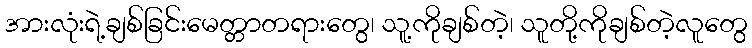
အားလုံးရဲ့ချစ်ခြင်းမေတ္တာတရားတွေ၊ သူ့ကိုချစ်တဲ့၊ သူတို့ကိုချစ်တဲ့လူတွေ